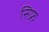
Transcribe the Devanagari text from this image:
सिफ्र्